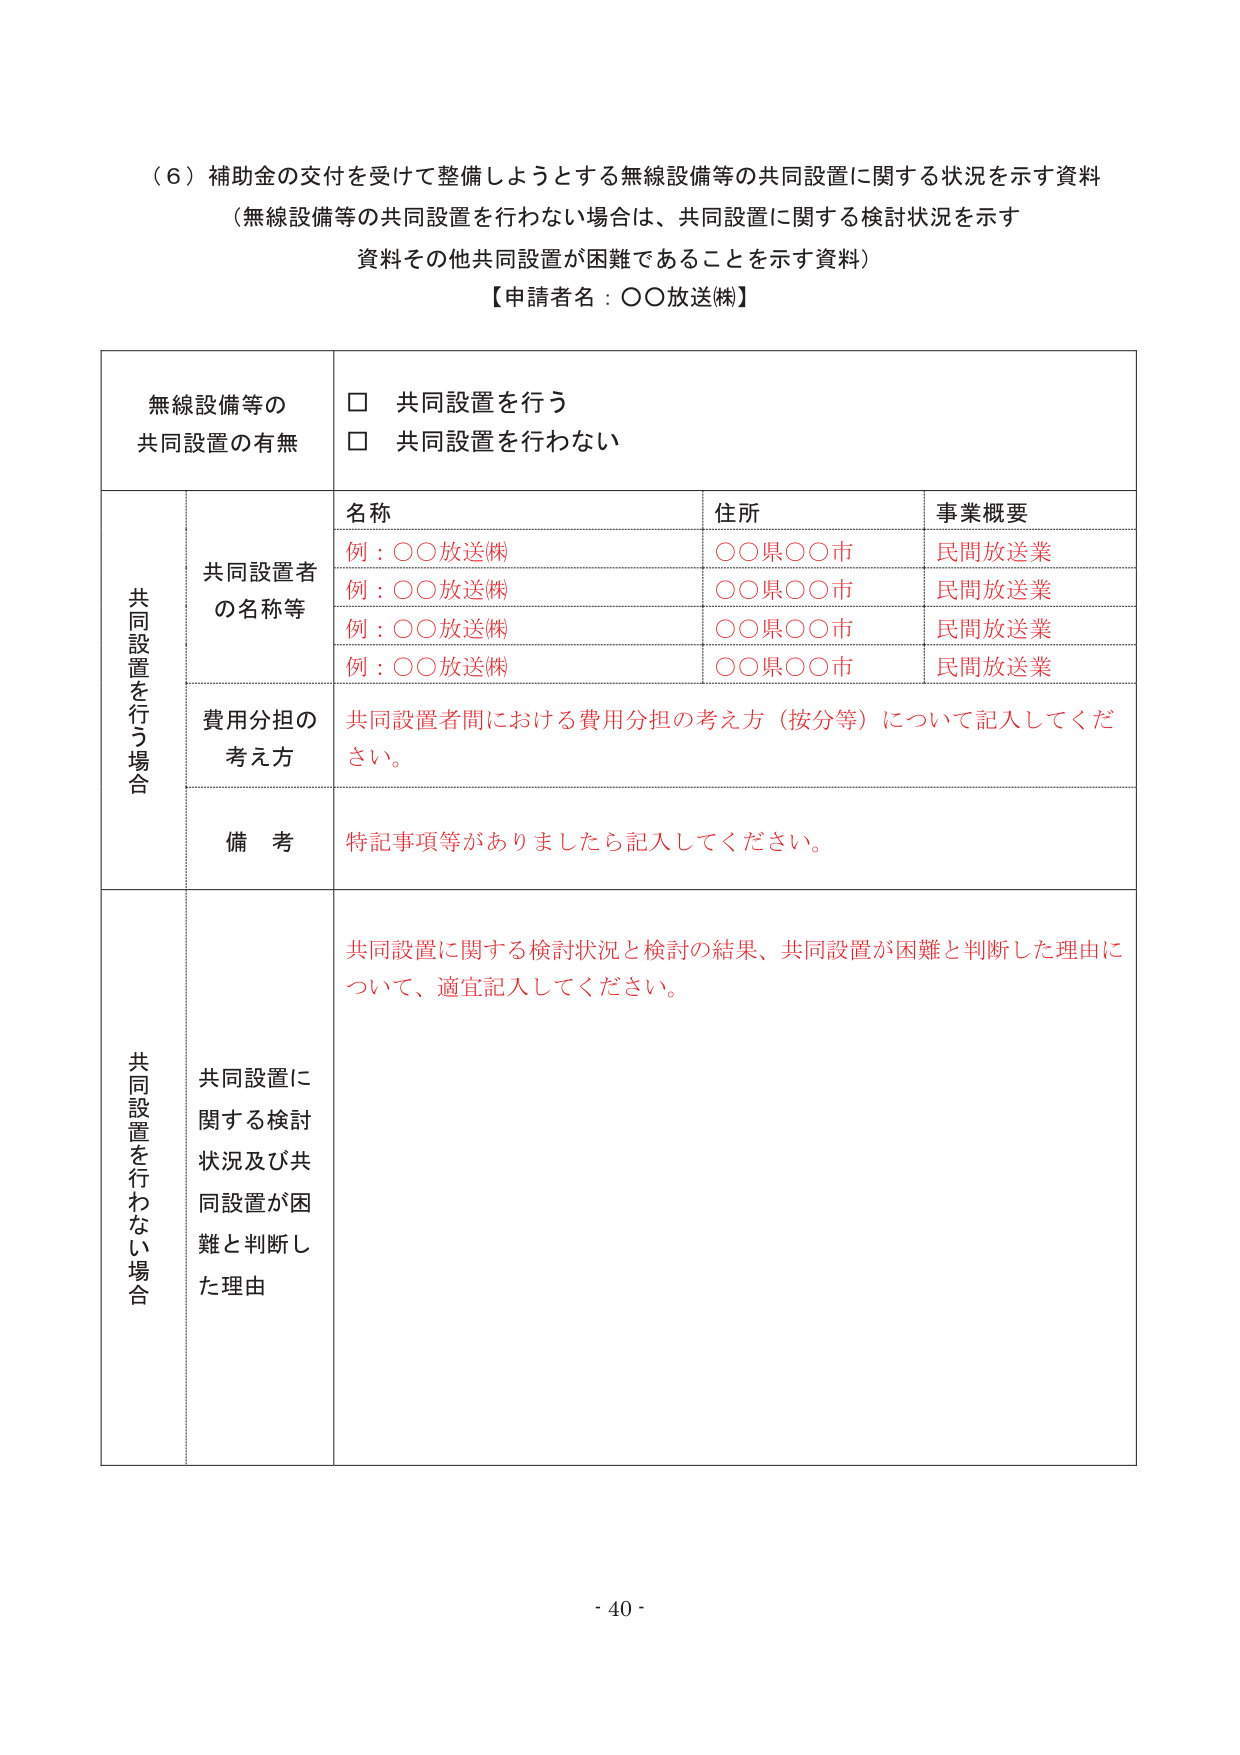
（６）補助金の交付を受けて整備しようとする無線設備等の共同設置に関する状況を示す資料
（無線設備等の共同設置を行わない場合は、共同設置に関する検討状況を示す
資料その他共同設置が困難であることを示す資料）
【申請者名：○○放送㈱】

無線設備等の
共同設置の有無
□ 共同設置を行う
□ 共同設置を行わない

共同設置を行う場合
共同設置者の名称等
名称 住所 事業概要
例：○○放送㈱ ○○県○○市 民間放送業
例：○○放送㈱ ○○県○○市 民間放送業
例：○○放送㈱ ○○県○○市 民間放送業
例：○○放送㈱ ○○県○○市 民間放送業

費用分担の考え方
共同設置者間における費用分担の考え方（按分等）について記入してください。

備考
特記事項等がありましたら記入してください。

共同設置を行わない場合
共同設置に関する検討状況及び共同設置が困難と判断した理由
共同設置に関する検討状況と検討の結果、共同設置が困難と判断した理由について、適宜記入してください。

- 40 -